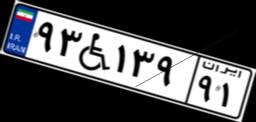
۳۲W۳۹۸۷۳